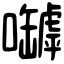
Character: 嚹